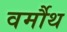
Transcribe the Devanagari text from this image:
वर्मौथ